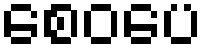
စေဝပေ